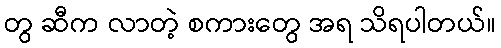
တွ ဆီက လာတဲ့ စကားတွေ အရ သိရပါတယ်။